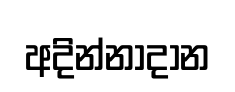
අදින්නාදාන